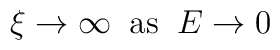
\xi \rightarrow \infty  \; \; \mbox{as} \; \; E \rightarrow 0